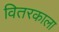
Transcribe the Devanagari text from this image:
वितरकाला